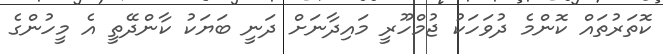
ކޮތަރުތައް ކޮންމެ ދުވަހަކު ޖުމްހޫރީ މައިދާނަށް ދަނީ ބަޔަކު ކާންދޭތީ އެ މީހުންގެ